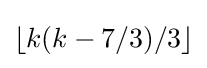
\lfloor k(k-7/3)/3\rfloor